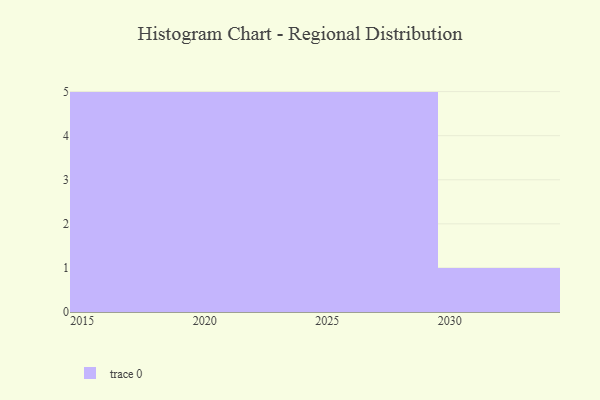
{"axis": {"x": "Year", "y": "Waste Production (Tons)"}, "legend": [""], "data": [{"x": "2024", "y": 53, "type": ""}, {"x": "2030", "y": 44, "type": ""}, {"x": "2015", "y": 31, "type": ""}, {"x": "2023", "y": 62, "type": ""}, {"x": "2021", "y": 10, "type": ""}, {"x": "2026", "y": 27, "type": ""}, {"x": "2025", "y": 80, "type": ""}, {"x": "2017", "y": 39, "type": ""}, {"x": "2029", "y": 91, "type": ""}, {"x": "2016", "y": 26, "type": ""}, {"x": "2022", "y": 77, "type": ""}, {"x": "2018", "y": 67, "type": ""}, {"x": "2027", "y": 25, "type": ""}, {"x": "2020", "y": 46, "type": ""}, {"x": "2019", "y": 36, "type": ""}, {"x": "2028", "y": 57, "type": ""}]}